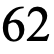
62